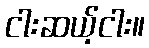
ငါးဆယ့်ငါး။